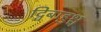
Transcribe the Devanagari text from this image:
द्विबाहुश्च